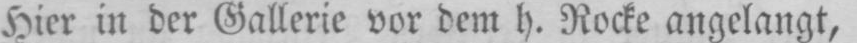
Hier in der Gallerie vor dem h. Rocke angelangt,